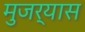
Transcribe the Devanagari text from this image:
मुजर्यास